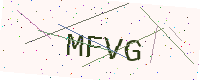
Text: MFVG